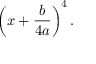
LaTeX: \left( x + { \frac { b } { 4 a } } \right) ^ { 4 } .